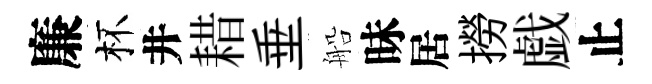
廉杯井耤垂船昧居撈戯止